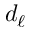
d _ { \ell }